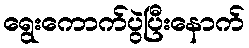
ရွေးကောက်ပွဲပြီးနောက်